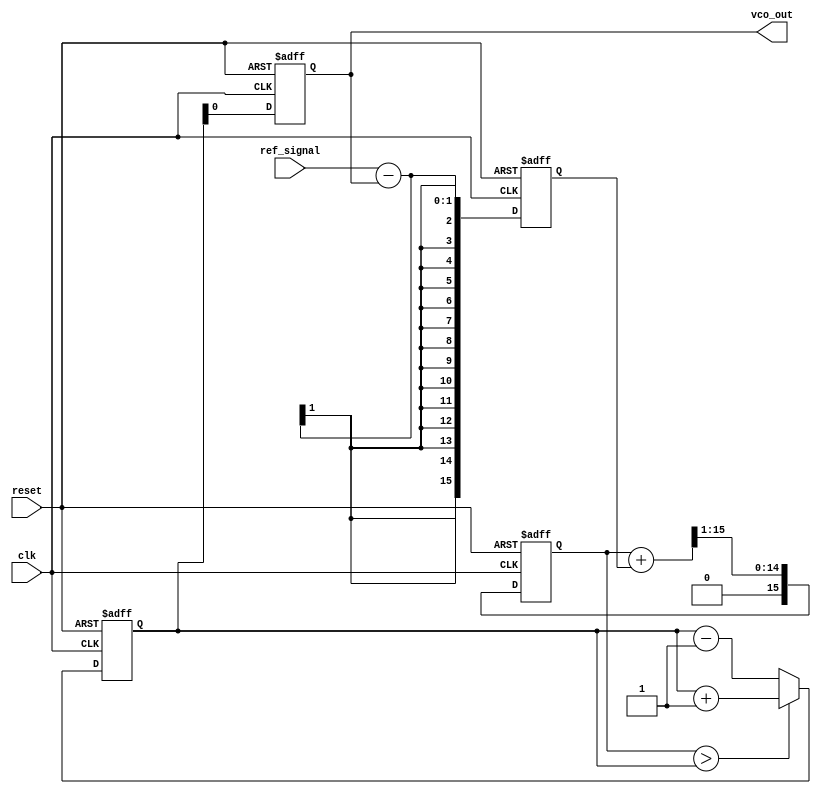
module sigma_delta_pll (
    input wire clk,             // System clock
    input wire reset,           // Reset signal
    input wire ref_signal,      // Reference input signal
    output wire vco_out         // VCO output signal
);

// Parameters
parameter N = 16;               // Number of bits for the DAC
parameter DELTA = 1;            // Sigma-Delta modulator increment

// Internal signals
reg [N-1:0] phase_error;        // Phase error from phase detector
reg [N-1:0] lpf_output;         // Low-pass filter output
reg [N-1:0] sigma_delta_output; // Output of the Sigma-Delta modulator
reg vco_control;                // Control signal for VCO
wire vco_clk;                   // VCO clock output

// Phase Detector
always @(posedge clk or posedge reset) begin
    if (reset) begin
        phase_error <= 0;
    end else begin
        // Simple phase detector logic
        phase_error <= ref_signal - vco_control; // Phase error calculation
    end
end

// Low-Pass Filter (LPF)
always @(posedge clk or posedge reset) begin
    if (reset) begin
        lpf_output <= 0;
    end else begin
        // Simple LPF (Moving Average)
        lpf_output <= (lpf_output + phase_error) >> 1; // Smoothing
    end
end

// Sigma-Delta Modulator
always @(posedge clk or posedge reset) begin
    if (reset) begin
        sigma_delta_output <= 0;
    end else begin
        // Integrate the LPF output and compare
        if (lpf_output > sigma_delta_output) begin
            sigma_delta_output <= sigma_delta_output + DELTA; // Increment
        end else begin
            sigma_delta_output <= sigma_delta_output - DELTA; // Decrement
        end
    end
end

// Digital-to-Analog Converter (DAC)
always @(posedge clk or posedge reset) begin
    if (reset) begin
        vco_control <= 0;
    end else begin
        vco_control <= sigma_delta_output[N-1:0]; // Output to VCO
    end
end

// Voltage-Controlled Oscillator (VCO)
assign vco_out = vco_control; // Simple direct mapping for VCO output

endmodule